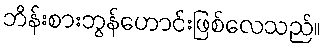
ဘိန်းစားဘွန်ဟောင်းဖြစ်လေသည်။